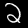
Digit: 2